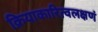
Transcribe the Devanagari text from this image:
क्रियाकारित्वलक्षणं